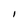
Character: I